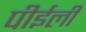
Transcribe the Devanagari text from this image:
पीईली